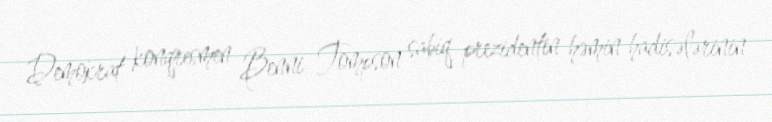
Demokrat konqresmen Benni Tompson sabiq prezidentin həmin hadisələrinin